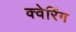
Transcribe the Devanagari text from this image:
क्वेरिंग